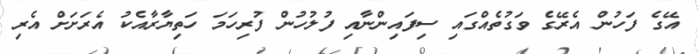
އޭގެ ފަހުން އެރޭގެ ވަގުތެއްގައި ސިފައިންނާއި ފުލުހުން ފުރިހަމަ ހަތިޔާރާއެކު އެރަށަށް އެރި